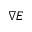
\nabla E